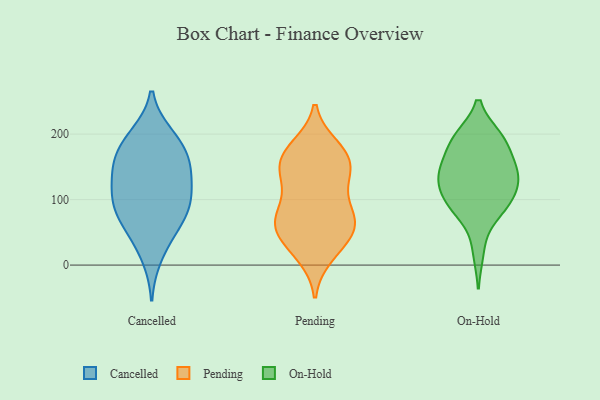
{"axis": {"x": "LTV (USD)", "y": "Value"}, "legend": ["Cancelled", "On-Hold", "Pending"], "data": [{"x": "", "y": 116, "type": "Cancelled"}, {"x": "", "y": 11, "type": "Cancelled"}, {"x": "", "y": 162, "type": "Cancelled"}, {"x": "", "y": 45, "type": "Cancelled"}, {"x": "", "y": 76, "type": "Cancelled"}, {"x": "", "y": 103, "type": "Cancelled"}, {"x": "", "y": 149, "type": "Cancelled"}, {"x": "", "y": 200, "type": "Cancelled"}, {"x": "", "y": 57, "type": "Cancelled"}, {"x": "", "y": 108, "type": "Cancelled"}, {"x": "", "y": 111, "type": "Cancelled"}, {"x": "", "y": 86, "type": "Cancelled"}, {"x": "", "y": 200, "type": "Cancelled"}, {"x": "", "y": 159, "type": "Cancelled"}, {"x": "", "y": 74, "type": "Cancelled"}, {"x": "", "y": 186, "type": "Cancelled"}, {"x": "", "y": 162, "type": "Cancelled"}, {"x": "", "y": 142, "type": "Cancelled"}, {"x": "", "y": 61, "type": "Pending"}, {"x": "", "y": 180, "type": "Pending"}, {"x": "", "y": 57, "type": "Pending"}, {"x": "", "y": 137, "type": "Pending"}, {"x": "", "y": 21, "type": "Pending"}, {"x": "", "y": 15, "type": "Pending"}, {"x": "", "y": 54, "type": "Pending"}, {"x": "", "y": 179, "type": "Pending"}, {"x": "", "y": 149, "type": "Pending"}, {"x": "", "y": 113, "type": "Pending"}, {"x": "", "y": 161, "type": "Pending"}, {"x": "", "y": 128, "type": "Pending"}, {"x": "", "y": 165, "type": "Pending"}, {"x": "", "y": 41, "type": "Pending"}, {"x": "", "y": 71, "type": "Pending"}, {"x": "", "y": 157, "type": "Pending"}, {"x": "", "y": 87, "type": "Pending"}, {"x": "", "y": 63, "type": "Pending"}, {"x": "", "y": 77, "type": "Pending"}, {"x": "", "y": 194, "type": "On-Hold"}, {"x": "", "y": 76, "type": "On-Hold"}, {"x": "", "y": 132, "type": "On-Hold"}, {"x": "", "y": 122, "type": "On-Hold"}, {"x": "", "y": 21, "type": "On-Hold"}, {"x": "", "y": 92, "type": "On-Hold"}, {"x": "", "y": 89, "type": "On-Hold"}, {"x": "", "y": 148, "type": "On-Hold"}, {"x": "", "y": 140, "type": "On-Hold"}, {"x": "", "y": 130, "type": "On-Hold"}, {"x": "", "y": 194, "type": "On-Hold"}, {"x": "", "y": 195, "type": "On-Hold"}, {"x": "", "y": 193, "type": "On-Hold"}, {"x": "", "y": 99, "type": "On-Hold"}, {"x": "", "y": 98, "type": "On-Hold"}, {"x": "", "y": 172, "type": "On-Hold"}, {"x": "", "y": 151, "type": "On-Hold"}, {"x": "", "y": 138, "type": "On-Hold"}]}